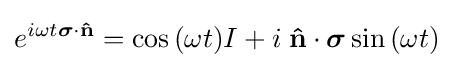
e^{i\omega t{\boldsymbol {\sigma }}\cdot \mathbf {\hat {n}} }=\cos {\left(\omega t\right)}I+i\;\mathbf {\hat {n}} \cdot {\boldsymbol {\sigma }}\sin {\left(\omega t\right)}